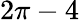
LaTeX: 2\pi-4